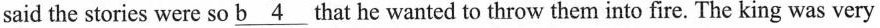
said the stories were so \underline{b 4} that he wanted to throw them into fire. The king was very